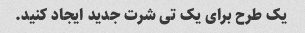
یک طرح برای یک تی شرت جدید ایجاد کنید.